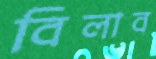
বিলাব